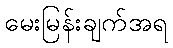
မေးမြန်းချက်အရ